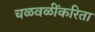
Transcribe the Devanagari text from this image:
चळवळींकरिता